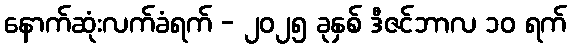
နောက်ဆုံးလက်ခံရက် - ၂၀၂၅ ခုနှစ် ဒီဇင်ဘာလ ၁၀ ရက်